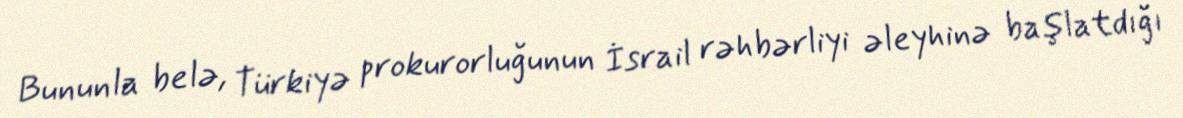
Bununla belə, Türkiyə prokurorluğunun İsrail rəhbərliyi əleyhinə başlatdığı